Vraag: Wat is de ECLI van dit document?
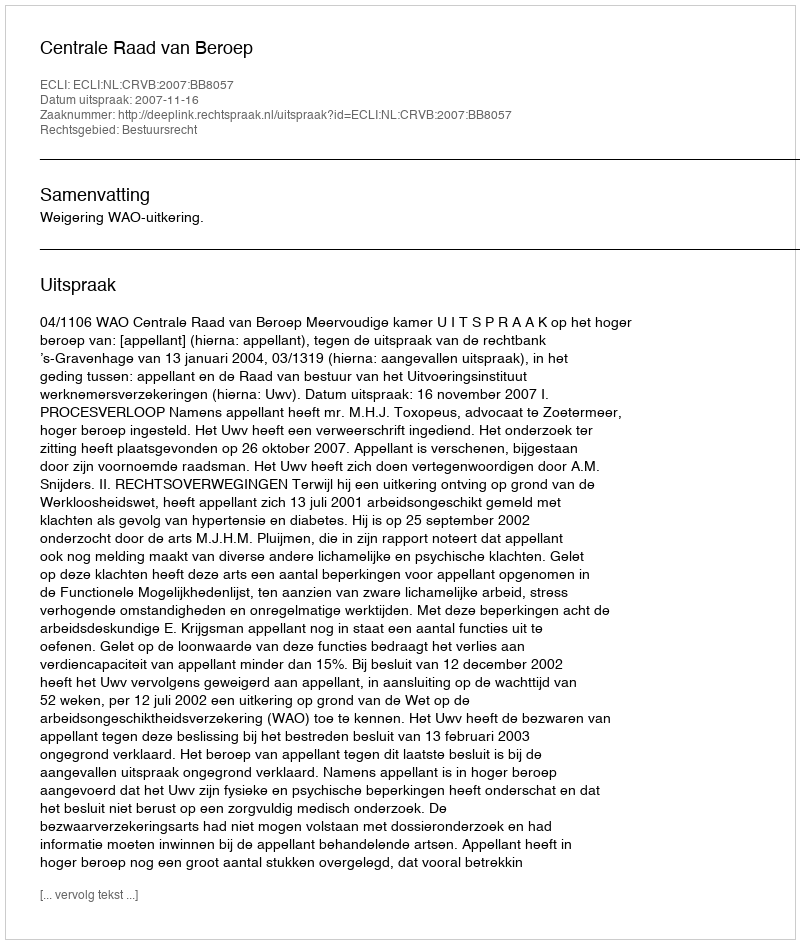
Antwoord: ECLI:NL:CRVB:2007:BB8057